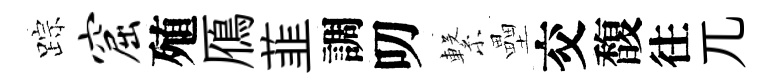
踪窟殖鴈韮調叨繋壘交馥往兀